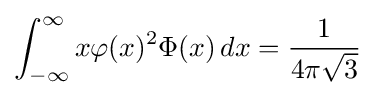
\int _{-\infty }^{\infty }x\varphi (x)^{2}\Phi (x)\,dx={\frac {1}{4\pi {\sqrt {3}}}}